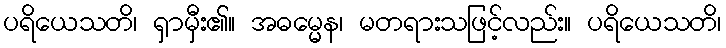
ပရိယေသတိ၊ ရှာမှီး၏။ အဓမ္မေန၊ မတရားသဖြင့်လည်း။ ပရိယေသတိ၊